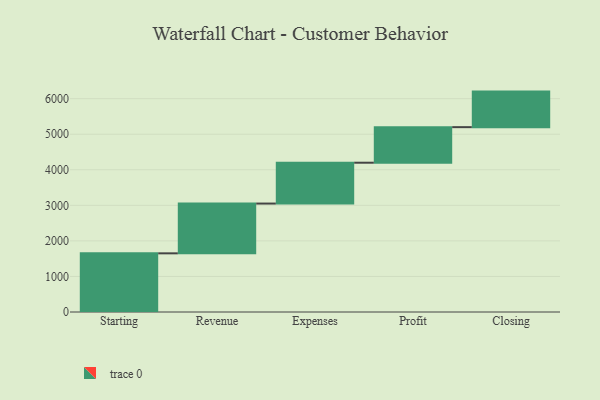
{"axis": {"x": "Step", "y": "Value"}, "legend": [""], "data": [{"x": "Starting", "y": 1650.0, "type": ""}, {"x": "Revenue", "y": 1400.0, "type": ""}, {"x": "Expenses", "y": 1149.0, "type": ""}, {"x": "Profit", "y": 1000, "type": ""}, {"x": "Closing", "y": 1000, "type": ""}]}